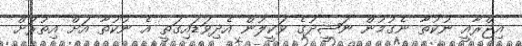
އިޖްރާއީ ނުކުތާ ނެގުމުން ނަޝީދުގެ ވަކީލުން އެދިވަޑައިގަތީ އެ ނުކުތާ އަށް އިތުރަށް